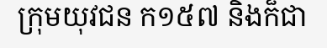
ក្រុមយុវជន ក១៥៧ និងក៏ជា